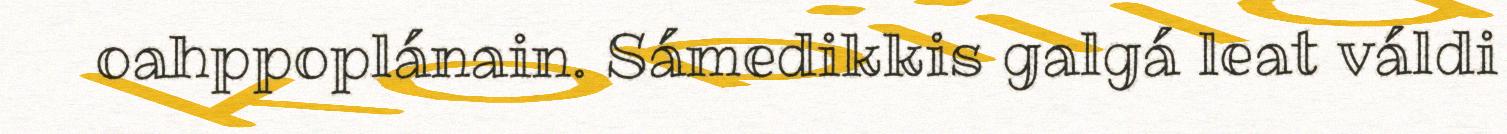
oahppoplánain. Sámedikkis galgá leat váldi